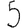
Digit: 5